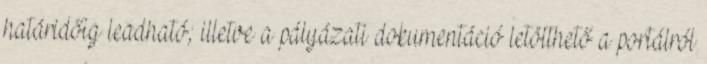
határidőig leadható; illetve a pályázati dokumentáció letölthető a portálról